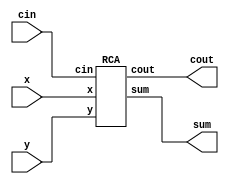
`timescale 1ns / 1ps
module arithmetic_circuits(
input [3:0] x,
input [3:0] y,
input cin,
output cout,
output [3:0] sum
    );
RCA RCA1 (.x(x),.y(y),.cin(cin),.sum(sum),.cout(cout));     
endmodule


module HA (
input x,
input y,
output cout,
output sum
);
assign sum = ((~x)&&y) || (x&&(~y));
assign cout = x&&y;
endmodule

module FA (
input x,
input y,
input cin,
output cout,
output sum);
wire sum1;
wire cout1;
wire sum2;
wire cout2;
HA HA1 (.x(x),.y(y),.sum(sum1),.cout(cout1));
HA HA2 (.x(sum1),.y(cin),.sum(sum2),.cout(cout2));
assign sum = sum2;
assign cout = cout2 || cout1;
endmodule


module RCA (
input [3:0] x,
input [3:0] y,
input cin,
output [3:0] sum,
output cout
);
wire cout1,cout2,cout3;
FA FA1 (.x(x[0]),.y(y[0]),.cin(cin),.sum(sum[0]),.cout(cout1));
FA FA2 (.x(x[1]),.y(y[1]),.cin(cout1),.sum(sum[1]),.cout(cout2));
FA FA3 (.x(x[2]),.y(y[2]),.cin(cout2),.sum(sum[2]),.cout(cout3));
FA FA4 (.x(x[3]),.y(y[3]),.cin(cout3),.sum(sum[3]),.cout(cout));
endmodule